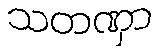
သတဏှာ